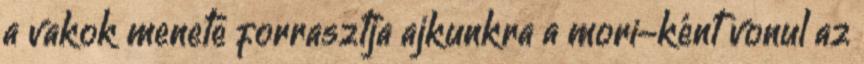
a vakok menete forrasztja ajkunkra a mori-ként vonul az